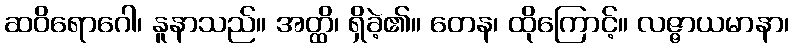
ဆဝိရောဂေါ၊ နူနာသည်။ အတ္ထိ၊ ရှိခဲ့၏။ တေန၊ ထိုကြောင့်။ လဇ္ဇာယမာနာ၊